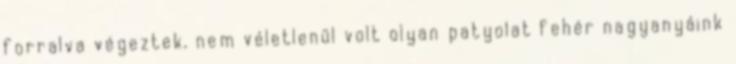
forralva végeztek, nem véletlenül volt olyan patyolat fehér nagyanyáink